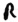
Text: R